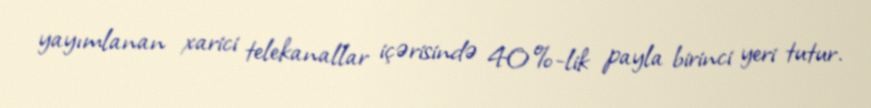
yayımlanan xarici telekanallar içərisində 40%-lik payla birinci yeri tutur.